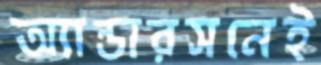
অ্যান্ডারসনেই